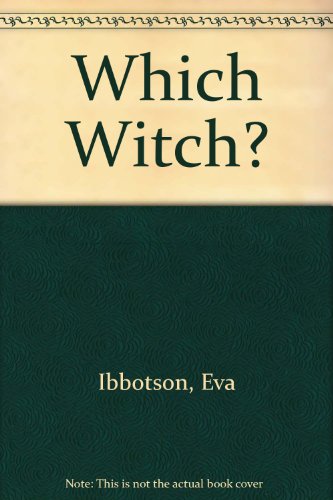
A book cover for Which Witch?; Eva Ibbotson; Cookbooks, Food & Wine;